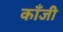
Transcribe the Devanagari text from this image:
काँजी